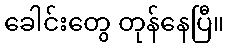
ခေါင်းတွေ တုန်နေပြီ။